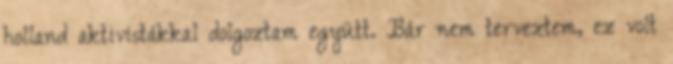
holland aktivistákkal dolgoztam együtt. Bár nem terveztem, ez volt